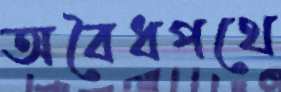
অবৈধপথে